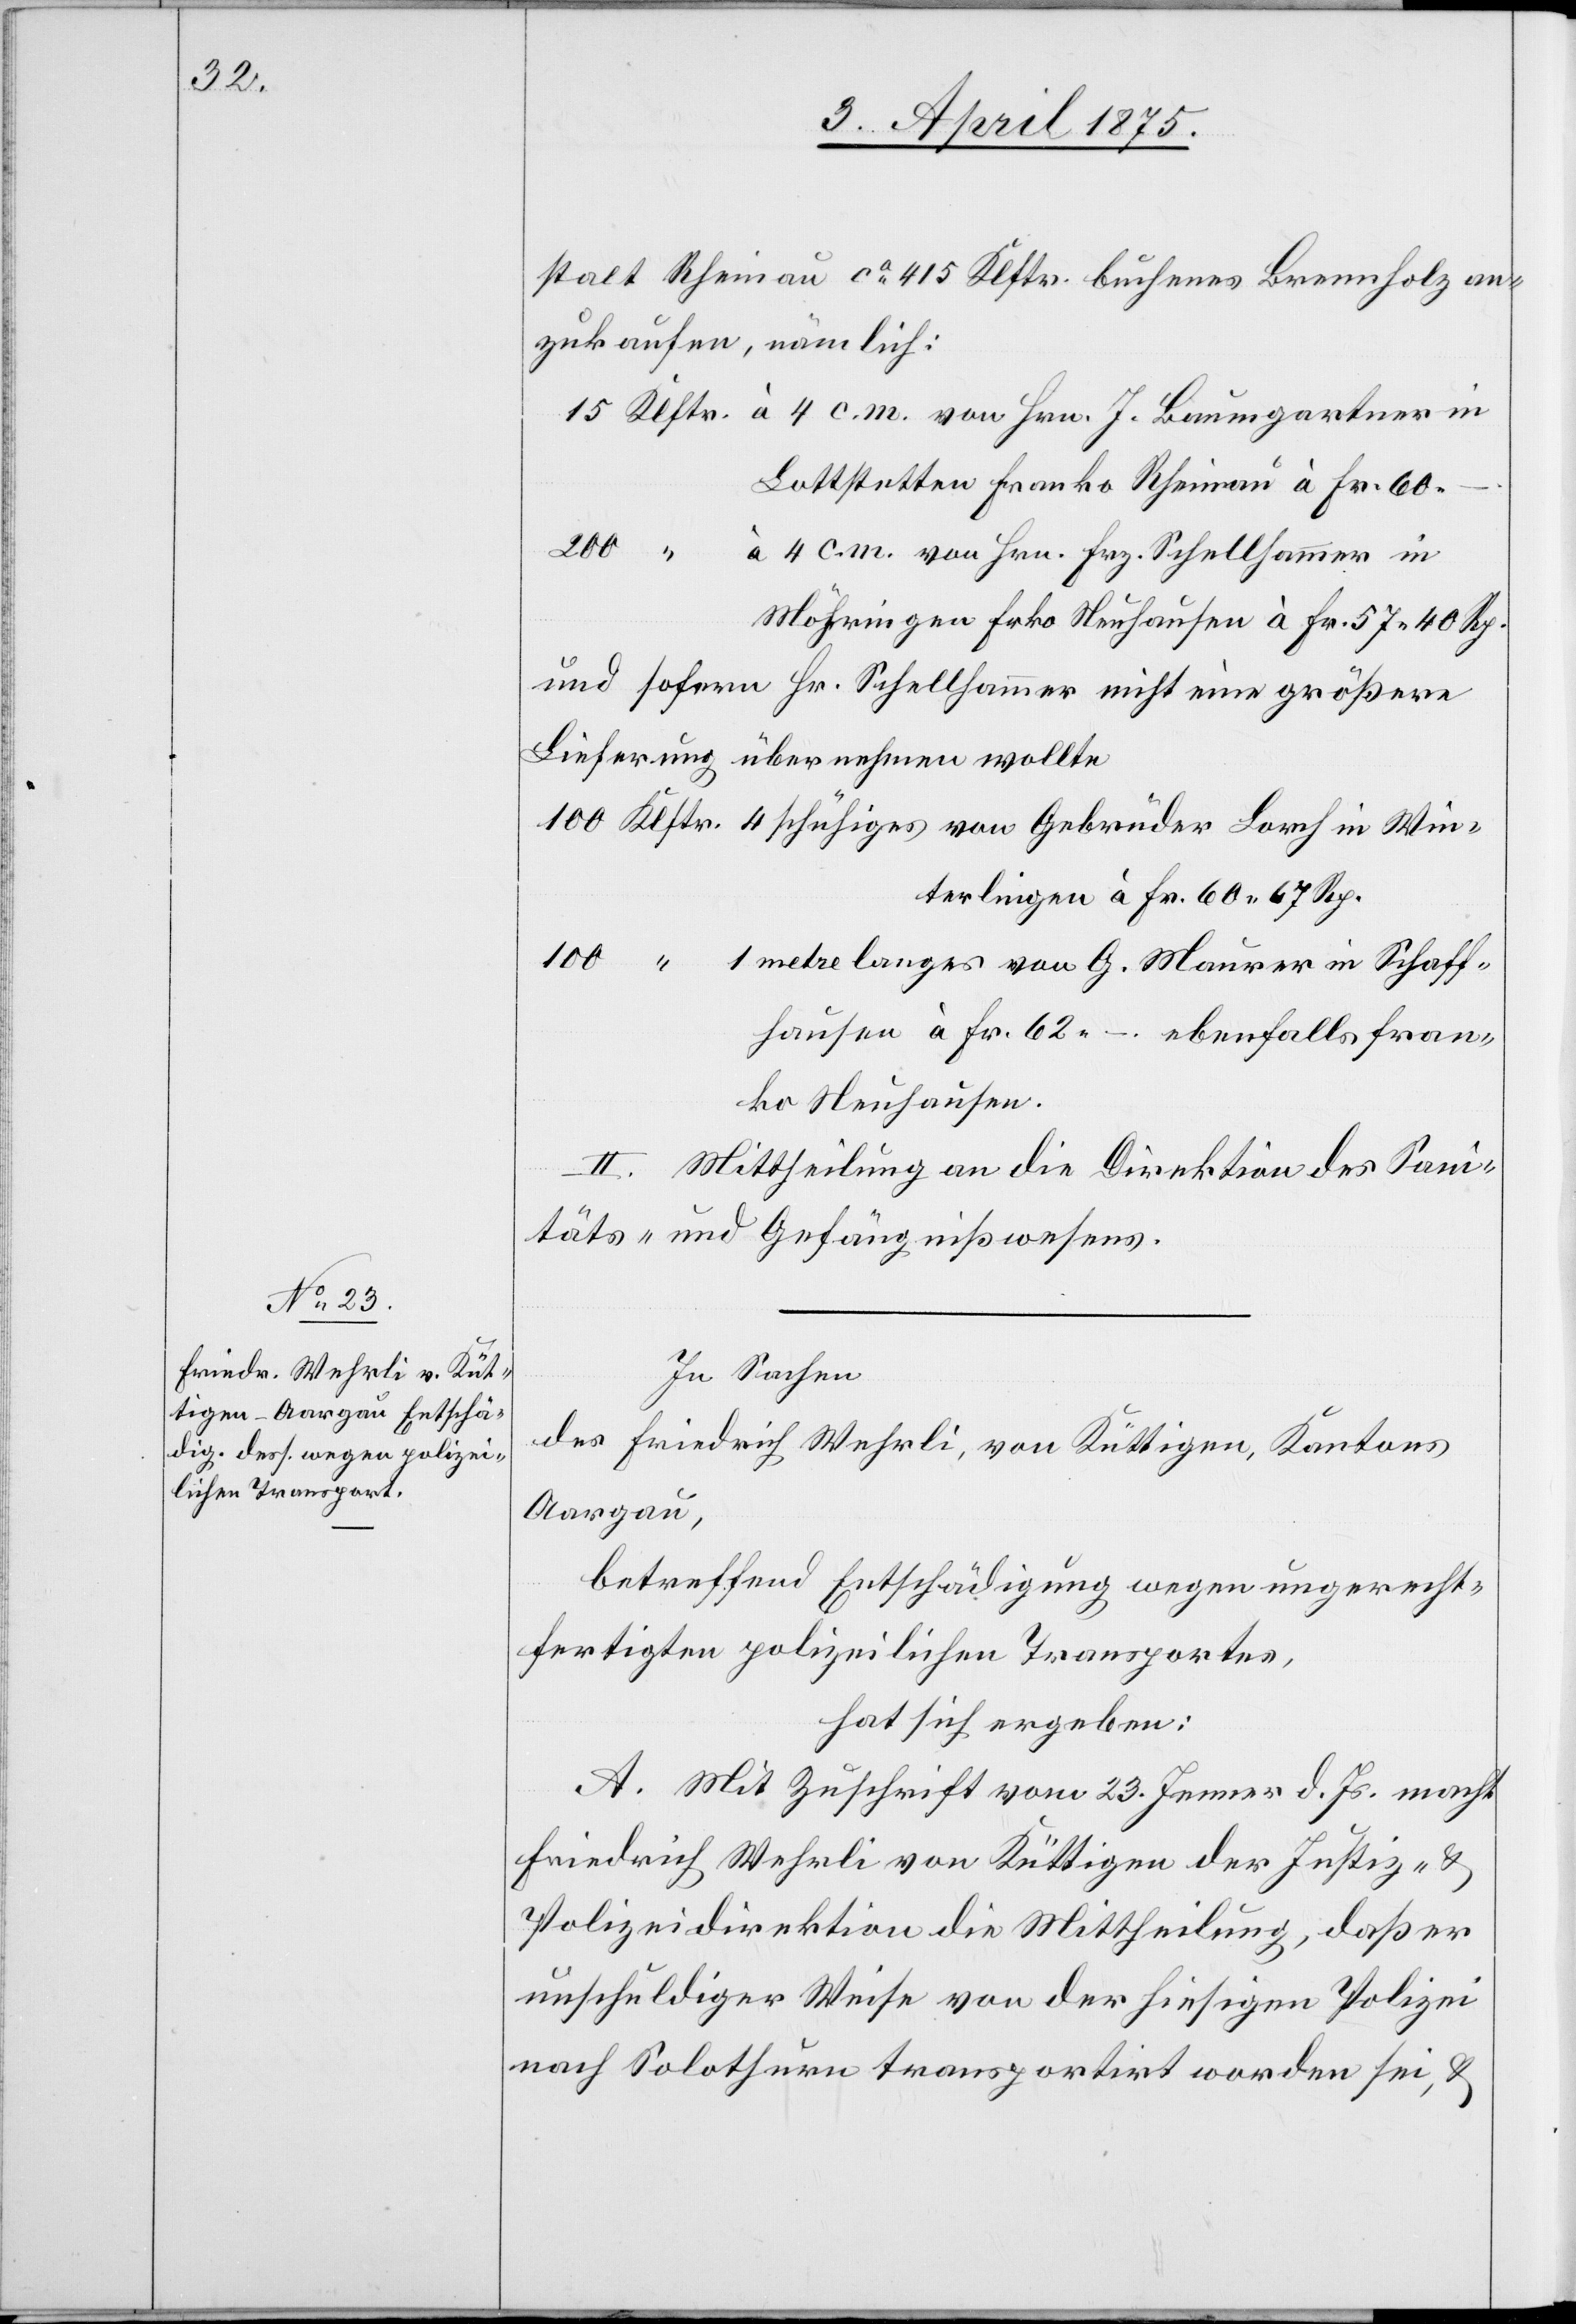
stalt Rheinau ca 415 Klftr. buchenes Brennholz an¬
zukaufen, nämlich:
à 4 c. m. von Hrn. J. Baumgartner in
Lottstetten franko Rheinau à Fr. 60.–.
à 4 c. m. von Hrn. Frz. Schellhammer in
Möhringen franko Neuhausen à Fr. 57 40 Rp.
und sofern Hr. Schellhammer nicht eine größere
Lieferung übernehmen wollte
Winterlingen à Fr. 60 67 Rp.
1 metre langes von G. Maurer in Schaff¬
hausen à Fr. 62 –. ebenfalls fran¬
ko Neuhausen.
II. Mittheilung an die Direktion des Sani¬
täts- und Gefängnißwesens.
In Sachen
des Friedrich Wehrli, von Küttigen, Kantons
Aargau,
betreffend Entschädigung wegen ungerecht¬
fertigten polizeilichen Transportes,
hat sich ergeben:
A. Mit Zuschrift vom 23. Jenner d. Js. macht
Friedrich Wehrli von Küttigen der Justiz- &
Polizeidirektion die Mittheilung, daß er
unschuldiger Weise von der hiesigen Polizei
nach Solothurn transportirt worden sei, &